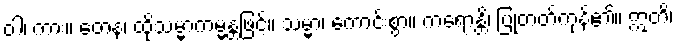
ဝါ၊ ကား။ တေန၊ ထိုသမ္မာကမ္မန္တဖြင့်။ သမ္မာ၊ ကောင်းစွာ။ ကရောန္တိ၊ ပြုတတ်ကုန်၏။ ဣတိ၊